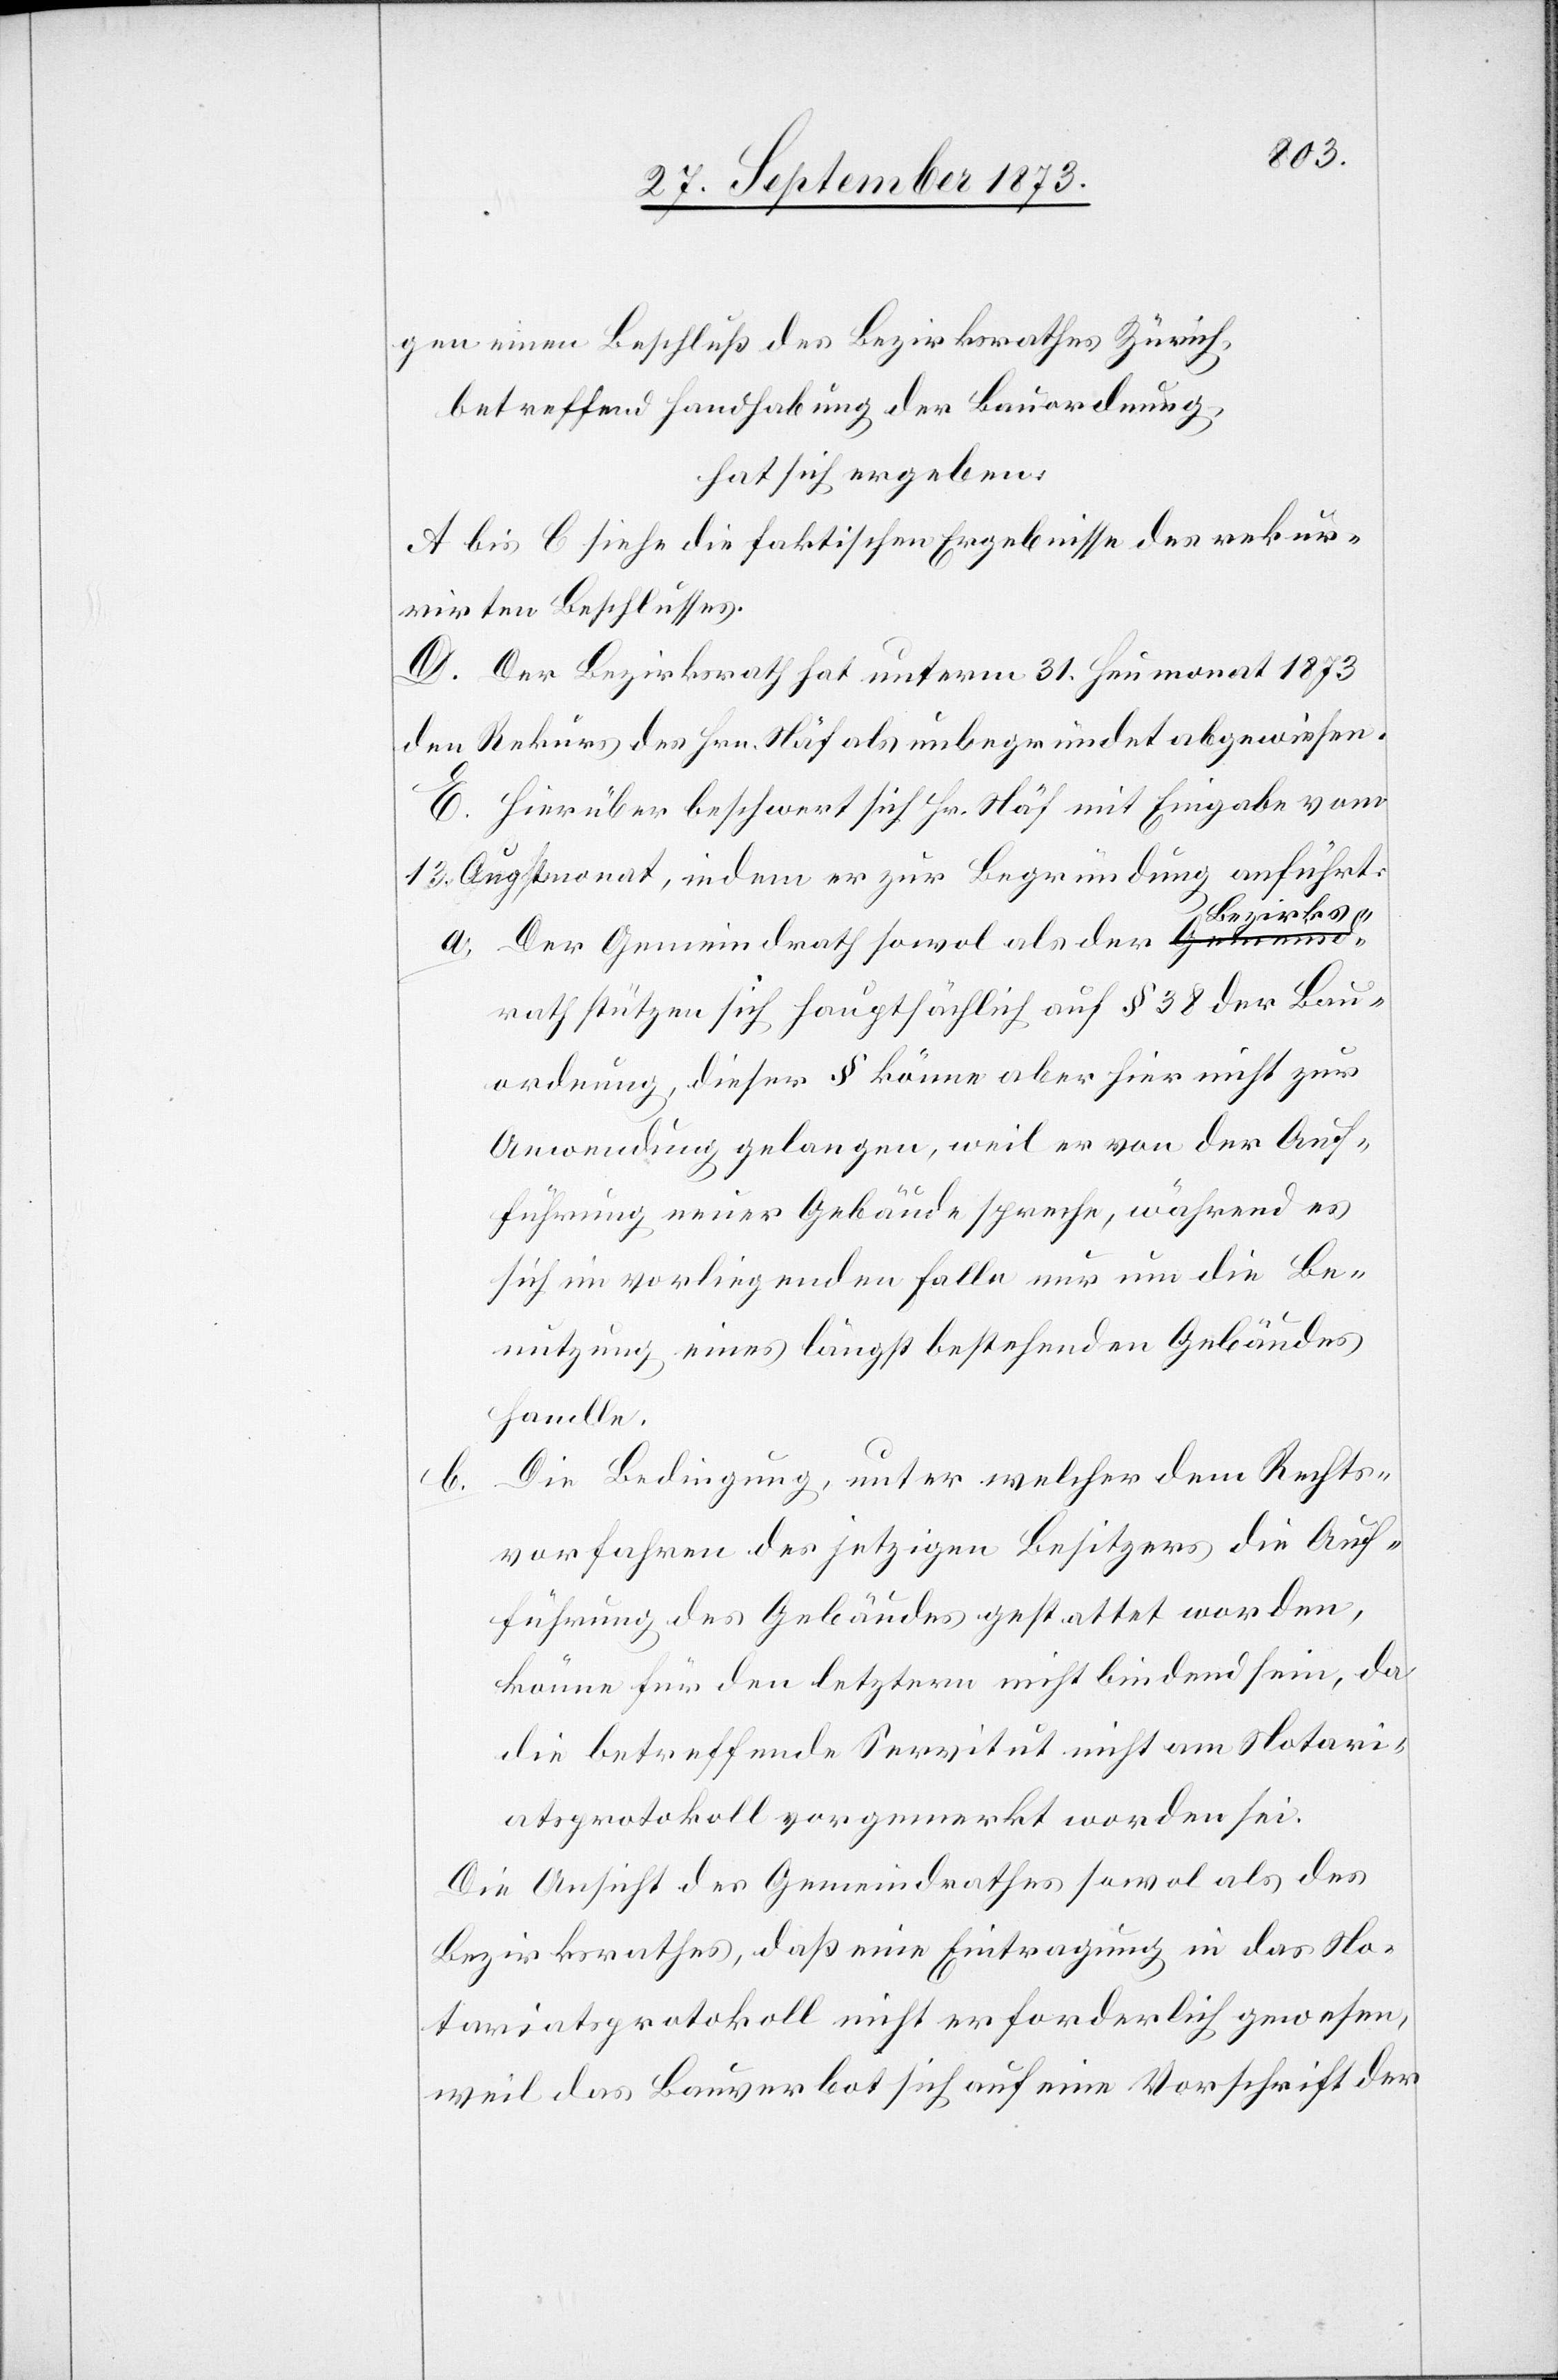
b.

gen einen Beschluß des Bezirksrathes Zürich,
betreffend Handhabung der Bauordnung,
hat sich ergeben:
A bis C siehe die faktischen Ergebnisse des rekur¬
rirten Beschlusses.
D. Der Bezirksrath hat unterm 31. Heumonat 1873
den Rekurs des Hrn. Näf als unbegründet abgewiesen.
E. Hierüber beschwert sich Hr. Näf mit Eingabe vom
13. Augstmonat, indem er zur Begründung anführt:
a. Der Gemeindrath sowol als der Bezirks¬
rath stützen sich hauptsächlich auf § 38 der Bau¬
ordnung, dieser § könne aber hier nicht zur
Anwendung gelangen, weil er von der Auf¬
führung neuer Gebäude spreche, während es
sich im vorliegenden Falle nur um die Be¬
nutzung eines längst bestehenden Gebäudes
handle.
Die Bedingung, unter welcher dem Rechts¬
vorfahren des jetzigen Besitzers die Auf¬
führung des Gebäudes gestattet worden,
könne für den letztern nicht bindend sein, da
die betreffende Servitut nicht am Notari¬
atsprotokoll vorgemerkt worden sei.
Die Ansicht des Gemeindrathes sowol als des
Bezirksrathes, daß eine Eintragung in das No¬
tariatsprotokoll nicht erforderlich gewesen,
weil das Bauverbot sich auf eine Vorschrift der